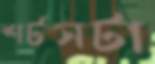
শর্টসটা